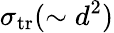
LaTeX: \sigma_{\mathrm{tr}}(\sim d^{2})